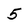
Character: 5